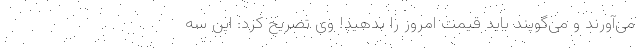
می‌آورند و می‌گویند باید قیمت امروز را بدهید! وی تصریح کرد: این سه